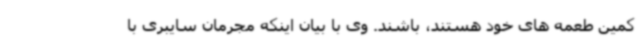
کمین طعمه های خود هستند، باشند. وی با بیان اینکه مجرمان سایبری با